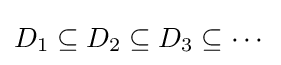
D_{1}\subseteq D_{2}\subseteq D_{3}\subseteq \cdots